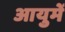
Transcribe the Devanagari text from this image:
आयुमें